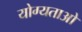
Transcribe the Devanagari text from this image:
योग्यताओ